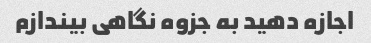
اجازه دهید به جزوه نگاهی بیندازم